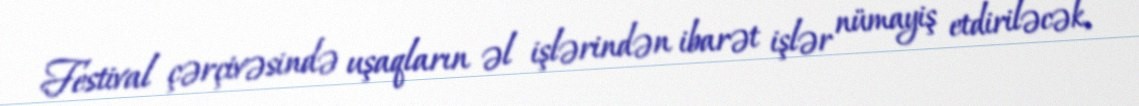
Festival çərçivəsində uşaqların əl işlərindən ibarət işlər nümayiş etdiriləcək,